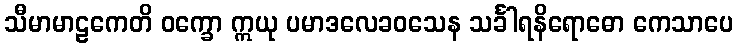
သီမာမာဠကေတိ ဝက္ခော ဣယု ပမာဒလေခဝသေန သင်္ခါရနိရောဓော ကေသာပေ